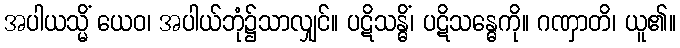
အပါယသ္မိံ ယေဝ၊ အပါယ်ဘုံ၌သာလျှင်။ ပဋိသန္ဓိံ၊ ပဋိသန္ဓေကို။ ဂဏှာတိ၊ ယူ၏။